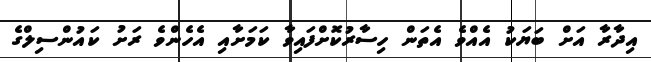
އިދާރާ އަށް ބަޔަކު އެއްވެ އެތަން ހިސާރުކޮށްފައިވާ ކަމަށާއި އެހެންވެ ރަށު ކައުންސިލްގެ